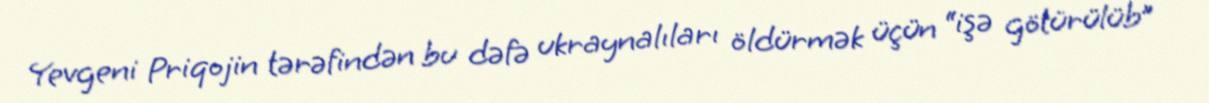
Yevgeni Priqojin tərəfindən bu dəfə ukraynalıları öldürmək üçün “işə götürülüb”